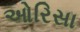
ઓરિસા